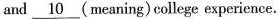
and \underline{10} (meaning) college experience.